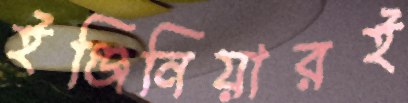
ইঞ্জিনিয়ারই